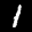
Label: 1